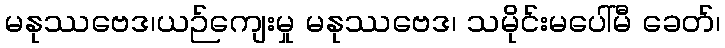
မနုဿဗေဒ၊ယဉ်ကျေးမှု မနုဿဗေဒ၊ သမိုင်းမပေါ်မီ ခေတ်၊